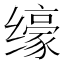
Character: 𱺮